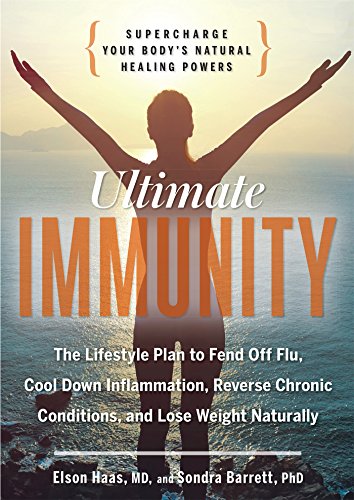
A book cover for Ultimate Immunity: Supercharge Your Body's Natural Healing Powers; Elson Haas; Medical Books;